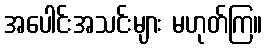
အပေါင်းအသင်းများ မဟုတ်ကြ။